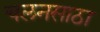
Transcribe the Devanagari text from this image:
चलनसाठा